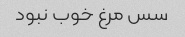
سس مرغ خوب نبود